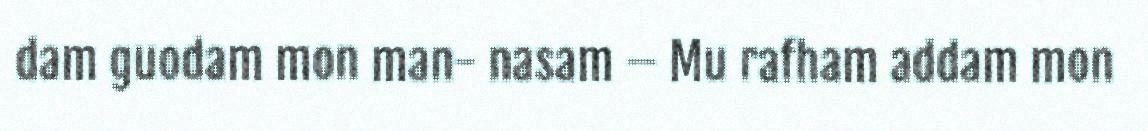
dam guodam mon man- nasam – Mu rafham addam mon